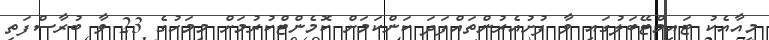
މިއާއެކު ޓައިމްޓޭބަލުގައި ވާ ފުށުއެރުންތައްފަދަ ކަންކަމަށް ކޮމެންޓްކުރުމަށް މިމަހުގެ 23 ވާ ބުރާސްފަތި